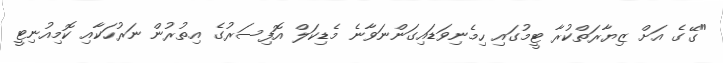
"ގޭގެ އަށް ޒިޔާރަތްކުރާ ޓީމުގައި ހިމެނިވަޑައިގަންނަވާނެ މެޑިކަލް އޮފިސަރުގެ އިތުރުން ނަރުހަކާއި ކޮމިއުނިޓީ